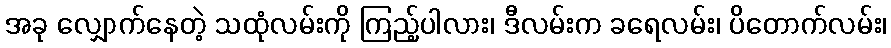
အခု လျှောက်နေတဲ့ သထုံလမ်းကို ကြည့်ပါလား၊ ဒီလမ်းက ခရေလမ်း၊ ပိတောက်လမ်း၊